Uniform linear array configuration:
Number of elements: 48
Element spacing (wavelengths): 0.75
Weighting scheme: hann
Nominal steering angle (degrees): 60
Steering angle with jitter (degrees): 61.362
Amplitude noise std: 0.05
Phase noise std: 0.05

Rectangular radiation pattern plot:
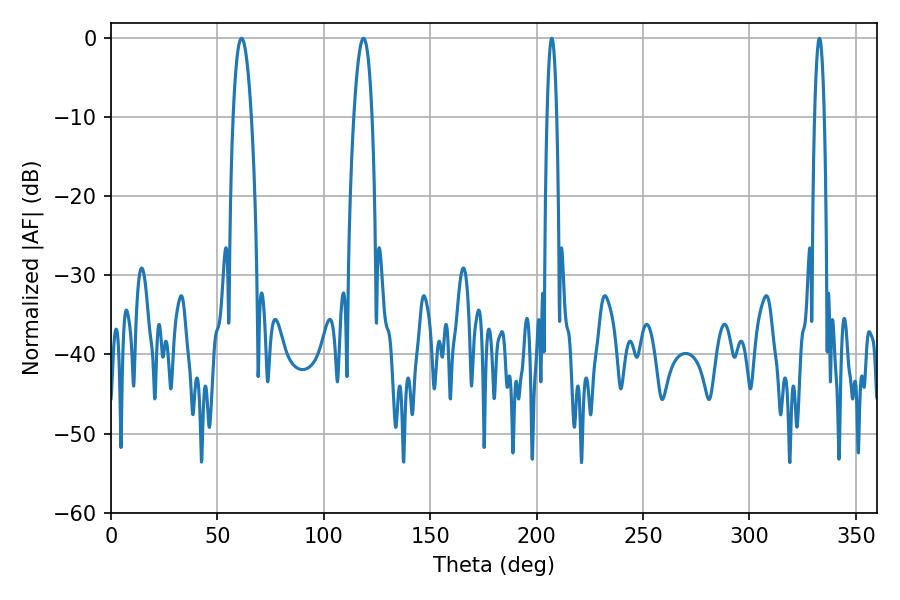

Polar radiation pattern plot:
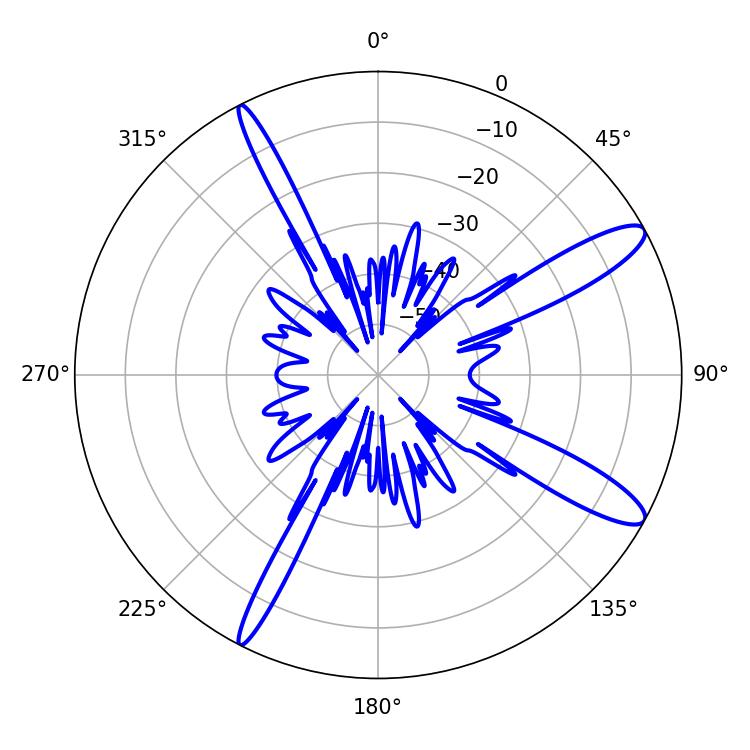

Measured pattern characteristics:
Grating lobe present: TRUE
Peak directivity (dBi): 12.463
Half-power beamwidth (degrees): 4.68
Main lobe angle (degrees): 61.38